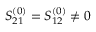
S _ { 2 1 } ^ { ( 0 ) } = S _ { 1 2 } ^ { ( 0 ) } \neq 0